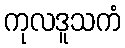
ကုလဒူသကံ